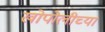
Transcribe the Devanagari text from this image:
खोपोलीच्या